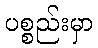
ပစ္စည်းမှာ